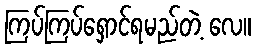
ကြပ်ကြပ်ရှောင်ရမည်တဲ့ လေ။